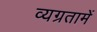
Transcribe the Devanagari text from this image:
व्यग्रतामें